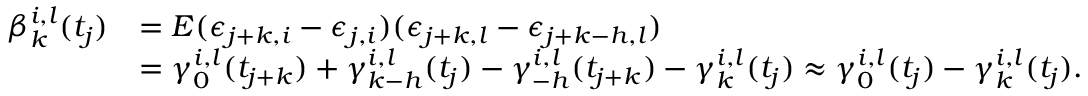
\begin{array} { r l } { \beta _ { k } ^ { i , l } ( t _ { j } ) } & { = E ( \epsilon _ { j + k , i } - \epsilon _ { j , i } ) ( \epsilon _ { j + k , l } - \epsilon _ { j + k - h , l } ) } \\ & { = \gamma _ { 0 } ^ { i , l } ( t _ { j + k } ) + \gamma _ { k - h } ^ { i , l } ( t _ { j } ) - \gamma _ { - h } ^ { i , l } ( t _ { j + k } ) - \gamma _ { k } ^ { i , l } ( t _ { j } ) \approx \gamma _ { 0 } ^ { i , l } ( t _ { j } ) - \gamma _ { k } ^ { i , l } ( t _ { j } ) . } \end{array}